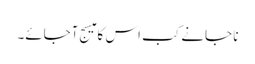
نا جانے کب اس کا میسج آجائے۔